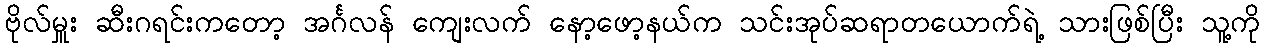
ဗိုလ်မှူး ဆီးဂရင်းကတော့ အင်္ဂလန် ကျေးလက် နော့ဖော့နယ်က သင်းအုပ်ဆရာတယောက်ရဲ့ သားဖြစ်ပြီး သူ့ကို